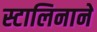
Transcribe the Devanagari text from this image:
स्टालिनाने